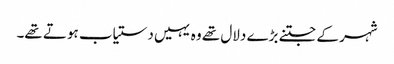
شہر کے جتنے بڑے دلال تھے وہ یہیں دستیاب ہوتے تھے۔